Suure-Kopu_vallavalitsus, lk 60
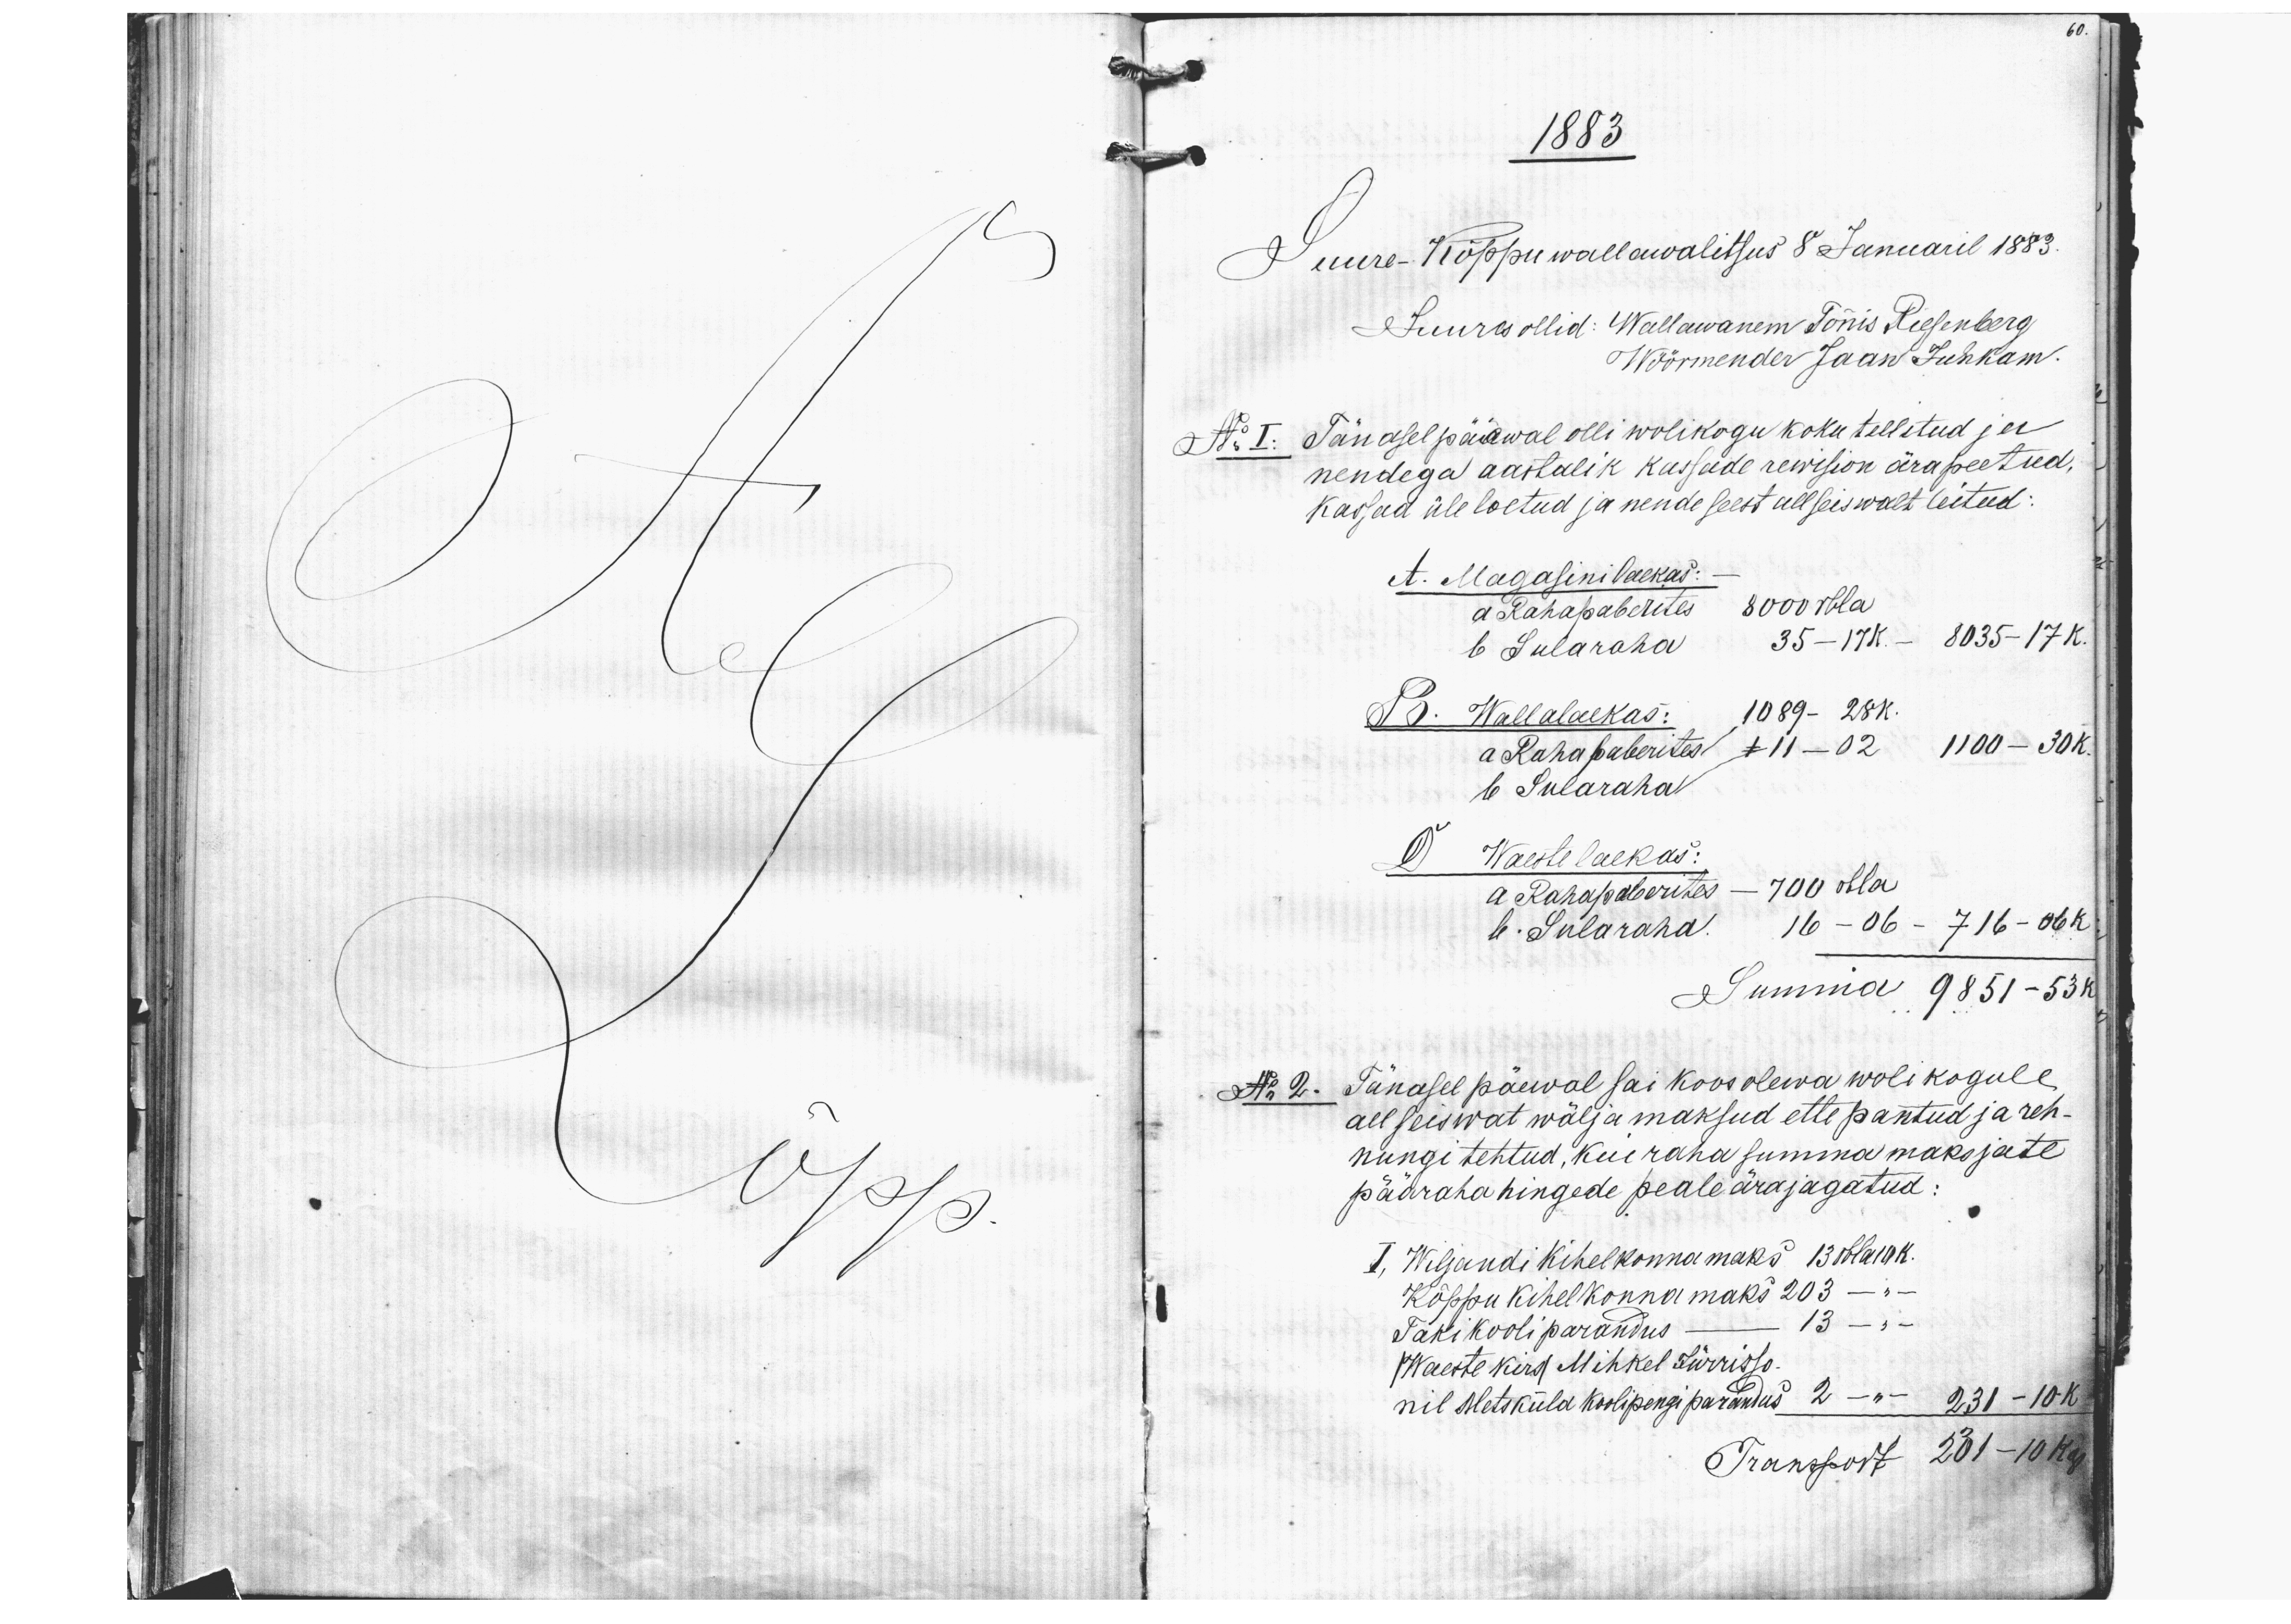
1883
Suure-Kõppu wallawalitsus 8 Januaril 1883.
A Lõpp
Juures ollid: Wallawanem Tõnis Riesenberg
Wöörmander Jaan Juhkam.
No I: Tänasel päiewal olli wolikogu koku tellitud ja
nendega aastalik kassude rewision ärapeetud.
kassad üle loetud ja nende seest allseiswalt leitud
A. Magasinilaekas: -
a. Rahapaberites 8000 rbla
b. Sularaha 35-17K. - 8035 - 17k.
B. Wallalaekas: 1089 - 28 k.
a Rahapaberites + 11 - 02     1100 - 30K.
b Sularaha
D. Waestelaekas:
a. Rahapaberites - 700 rbla
b. Sularaha 16 -06 - 716 - 06k
Summa 9851 - 53k.
No 2. Tänasel päewal sai koosolewa wolikogule
all seiswat wälja maksud ette pantud ja reh-
nungi tehtud, kui raha summa maksjate
pääraha hingede peale ärajagatud.
I, Wiljandi kihelkonnamaks 13 rbla 19 k.
Kõppu kihelkonna maks 203 - " -
Taki kooli parandus - 13 - " -
Waeste kiri Mihkel Jürrisso
nil Metsküla koolipengi parandus 2 -"- 230 - 10 k.
Transport 201 - 10 kop.